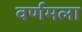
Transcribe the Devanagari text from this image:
वर्णमला